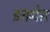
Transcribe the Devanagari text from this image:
इनग्रेस